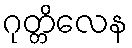
ဂုတ္တိလေန